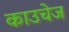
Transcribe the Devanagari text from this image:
काउचेज